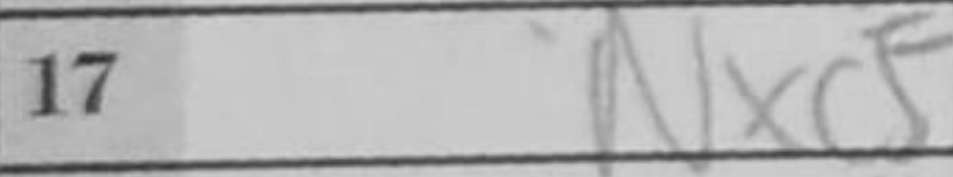
Transcription: Nxc5